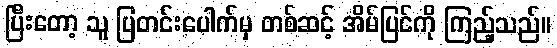
ပြီးတော့ သူ ပြတင်းပေါက်မှ တစ်ဆင့် အိမ်ပြင်ကို ကြည့်သည်။